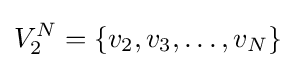
V_{2}^{N}=\{v_{2},v_{3},\dots ,v_{N}\}